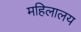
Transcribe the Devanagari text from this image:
महिलालय